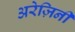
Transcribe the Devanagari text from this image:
अरेज़िनी